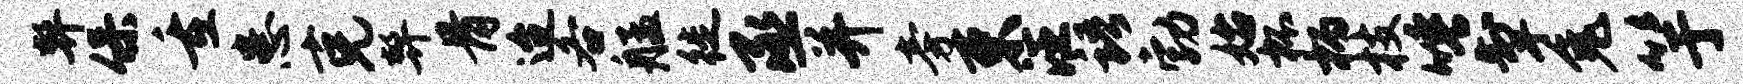
弊保重患克弊骨迨各艋徙丞并旁束汪语勃始杯柄枝唾掣兔竽